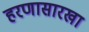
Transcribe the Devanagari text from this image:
हरणासारखा